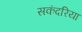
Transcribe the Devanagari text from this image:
सकंदरिया